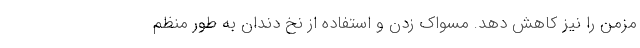
مزمن را نیز کاهش دهد. مسواک زدن و استفاده از نخ دندان به طور منظم